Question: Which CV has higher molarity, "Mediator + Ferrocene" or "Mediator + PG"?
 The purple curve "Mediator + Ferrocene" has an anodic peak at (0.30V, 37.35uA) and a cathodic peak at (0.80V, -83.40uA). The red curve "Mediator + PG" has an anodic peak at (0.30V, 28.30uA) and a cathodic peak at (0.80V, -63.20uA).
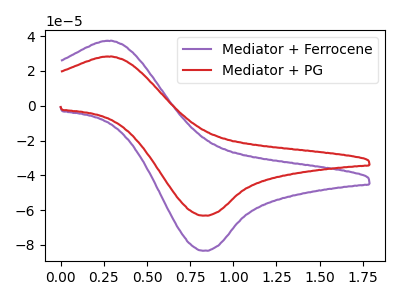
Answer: <think>All the peaks in "Mediator + Ferrocene" have a peak in "Mediator + PG" at the same potential. Every peak in "Mediator + Ferrocene" is higher than every peak in "Mediator + PG".
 </think>
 <answer>"Mediator + Ferrocene" has more signal than "Mediator + PG" and so likely has a higher concentration.</answer>
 <eval>more_concentration</eval>